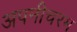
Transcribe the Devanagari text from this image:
अपनीचरम